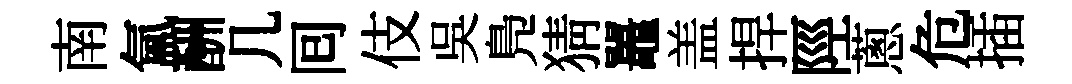
南氳酬几囘伎吳鳬猜鼉盖捍陘蔥危插